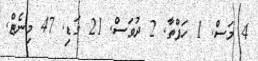
4 މަސް